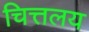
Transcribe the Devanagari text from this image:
चित्तलय